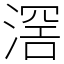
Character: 滘